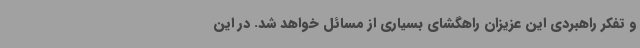
و تفکر راهبردی این عزیزان راهگشای بسیاری از مسائل خواهد شد. در این